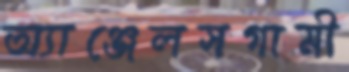
অ্যাঞ্জেলসগামী